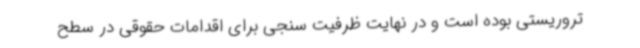
تروریستی بوده است و در نهایت ظرفیت سنجی برای اقدامات حقوقی در سطح